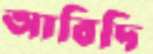
আবিদি